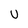
Character: U